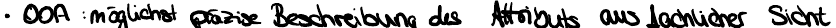
OOA : möglichst präzise Beschreibung des Attributs aus fachlicher Sicht